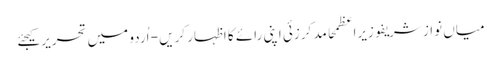
میاں نواز شریفوزیراعظمحامد کرزئی اپنی رائے کا اظہار کریں - اُردو میں تحریر کیجئے